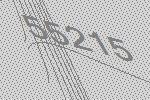
55215